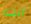
أنت